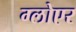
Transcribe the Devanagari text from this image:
ग्लोएर